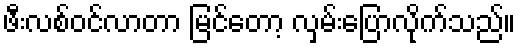
ဖီးလစ်ဝင်လာတာ မြင်တော့ လှမ်းပြောလိုက်သည်။